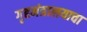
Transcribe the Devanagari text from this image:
गृहमंत्रालयाचा